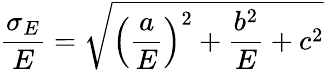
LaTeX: \frac{\sigma_{E}}{E}=\sqrt{\left(\frac{a}{E}\right)^{2}+\frac{b^{2}}{E}+c^{2}}